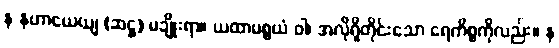
န နဟာယေယျ (ဆဋ္ဌ) မချိုးရာ။ ယထာပစ္စယံ ဝါ၊ အလိုရှိတိုင်းသော ရေကိစ္စကိုလည်း။ န